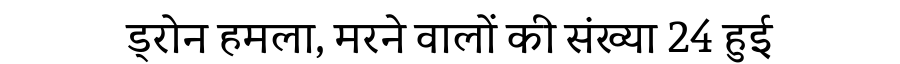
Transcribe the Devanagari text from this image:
ड्रोन हमला, मरने वालों की संख्या 24 हुई